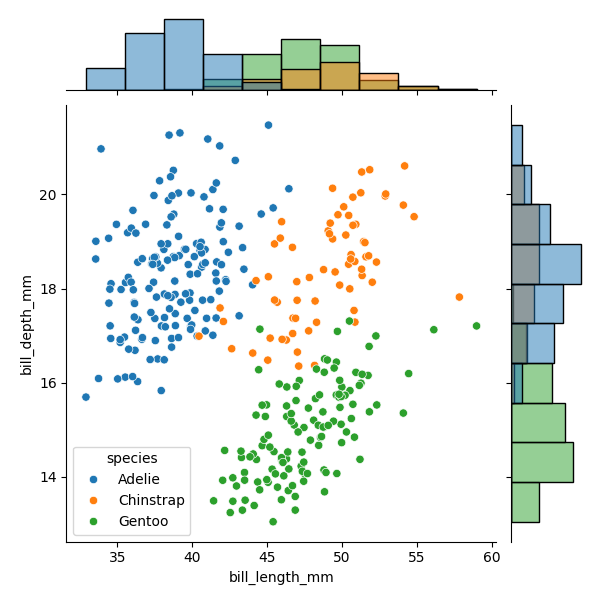
python, seaborn, JointGrid, scatterplot, histplot, hue